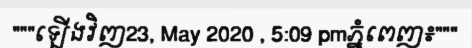
"""ឡើងវិញ23, May 2020 , 5:09 pmភ្នំពេញ៖"""